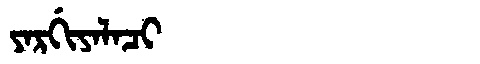
Manchu: ᠶᠠᡵᡤᡳᠶᠠᠯᠠᠴᡳ
Romanization: YARGIYALACI